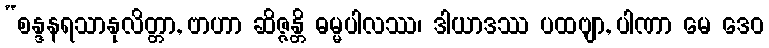
“စန္ဒနရသာနုလိတ္တာ, ဗာဟာ ဆိဇ္ဇန္တိ ဓမ္မပါလဿ၊ ဒါယာဒဿ ပထဗျာ, ပါဏာ မေ ဒေဝ